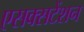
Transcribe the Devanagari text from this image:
एसक्सटेंशन